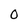
Character: o